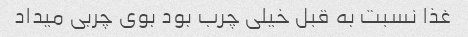
غذا نسبت به قبل خیلی چرب بود بوی چربی میداد